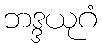
ဘဒ္ဒယုဂံ